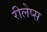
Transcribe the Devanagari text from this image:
रीलेप्स